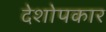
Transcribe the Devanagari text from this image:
देशोपकार